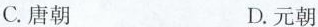
C.唐朝 D.元朝